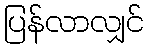
ပြန်လာလျှင်